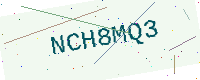
Text: NCH8MQ3